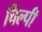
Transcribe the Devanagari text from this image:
चिल्पी